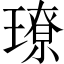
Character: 璙